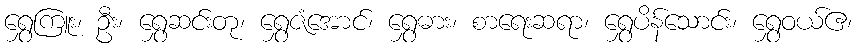
ရွှေကြူး၊ ဦး၊ ရွှေဆင်းတု၊ ရွှေဇံအောင်၊ ရွှေဓား၊ စာရေးဆရာ၊ ရွှေပိန်သောင်း၊ ရွှေဝယ်ဧ၊